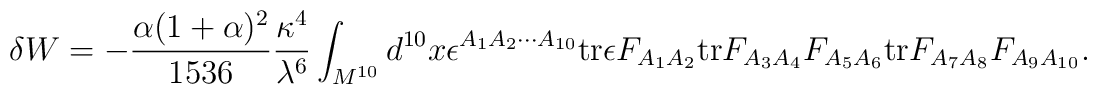
\delta W = - {\alpha (1 + \alpha)^2 \over 1536} {\kappa^4 \over \lambda^6} \int_{M^{10}} d^{10} x \epsilon^{A_1 A_2 \cdots A_{10}} {\rm tr} \epsilon F_{A_1 A_2} {\rm tr}F_{A_3 A_4} F_{A_5 A_6}{\rm tr} F_{A_7 A_8} F_{A_9 A_{10}}.